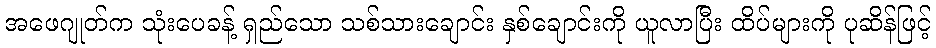
အဖေဂျုတ်က သုံးပေခန့် ရှည်သော သစ်သားချောင်း နှစ်ချောင်းကို ယူလာပြီး ထိပ်များကို ပုဆိန်ဖြင့်